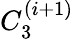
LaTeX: C_{3}^{(i+1)}